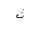
Letter: _tha